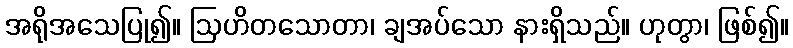
အရိုအသေပြု၍။ ဩဟိတသောတာ၊ ချအပ်သော နားရှိသည်။ ဟုတွာ၊ ဖြစ်၍။